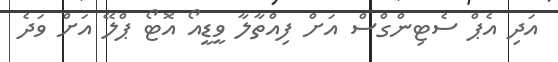
އަދި އެޕް ސެޓިންގްސް އަށް ފިއްތާލާ ވީޑީއޯ އޮޓޯ ޕްލޭ އަށް ވަދެ